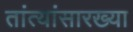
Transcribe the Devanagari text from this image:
तांत्यांसारख्या